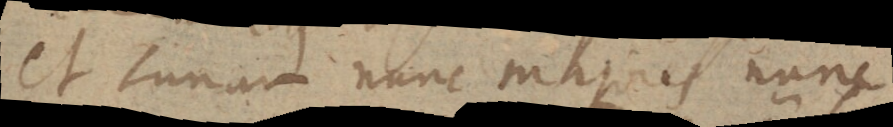
et Lunam nunc majores nunc